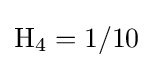
\mathrm {H} _{4}=1/10